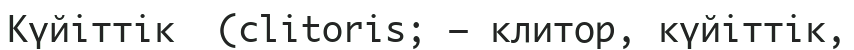
Күйіттік  (clitoris; — клитор, күйіттік,